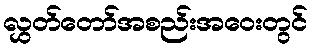
လွှတ်တော်အစည်းအဝေးတွင်